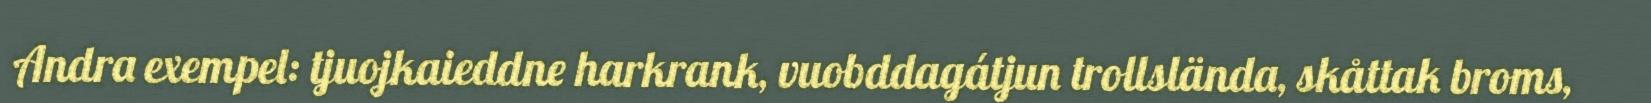
Andra exempel: tjuojkaieddne harkrank, vuobddagátjun trollslända, skåttak broms,